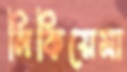
নিকিয়েমা